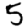
Digit: 5